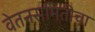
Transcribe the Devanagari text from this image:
वेतनसमितीचा